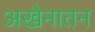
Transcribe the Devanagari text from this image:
अखेनातन